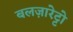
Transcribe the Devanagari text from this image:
बलज़ारेट्टो